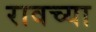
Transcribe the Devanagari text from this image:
रावच्या